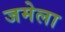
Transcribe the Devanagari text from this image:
जमेला